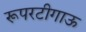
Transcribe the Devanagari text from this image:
रूपरटीगाऊ